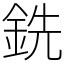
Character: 銑